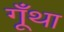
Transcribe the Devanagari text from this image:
गूँथा